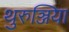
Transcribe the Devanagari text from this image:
थुरुञ्जिया